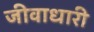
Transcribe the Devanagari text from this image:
जीवाधारी